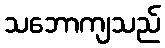
သဘောကျသည်